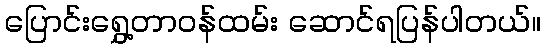
ပြောင်းရွှေ့တာဝန်ထမ်း ဆောင်ရပြန်ပါတယ်။